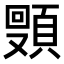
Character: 𬱈